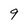
Character: 9